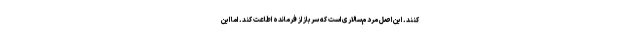
کنند. این اصل مردم‌سالاری است که سرباز از فرمانده اطاعت کند. اما این